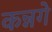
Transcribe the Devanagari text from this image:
कन्नगे